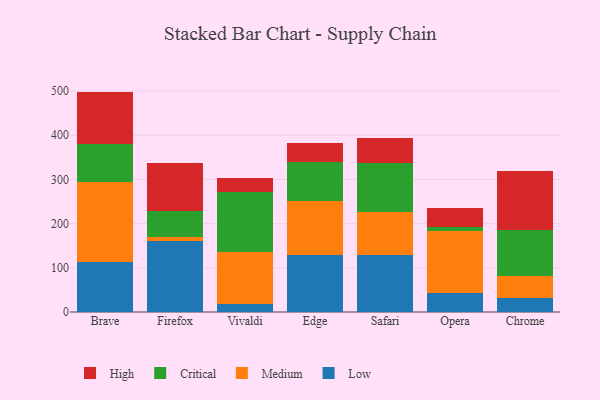
{"axis": {"x": "Browser", "y": "Website Visitors"}, "legend": ["Critical", "High", "Low", "Medium"], "data": [{"x": "Brave", "y": 113.6, "type": "Low"}, {"x": "Brave", "y": 179.9, "type": "Medium"}, {"x": "Brave", "y": 85.9, "type": "Critical"}, {"x": "Brave", "y": 119.5, "type": "High"}, {"x": "Firefox", "y": 160.4, "type": "Low"}, {"x": "Firefox", "y": 9.9, "type": "Medium"}, {"x": "Firefox", "y": 58.6, "type": "Critical"}, {"x": "Firefox", "y": 107.9, "type": "High"}, {"x": "Vivaldi", "y": 17.6, "type": "Low"}, {"x": "Vivaldi", "y": 118.4, "type": "Medium"}, {"x": "Vivaldi", "y": 136.7, "type": "Critical"}, {"x": "Vivaldi", "y": 30.0, "type": "High"}, {"x": "Edge", "y": 128.0, "type": "Low"}, {"x": "Edge", "y": 123.3, "type": "Medium"}, {"x": "Edge", "y": 87.9, "type": "Critical"}, {"x": "Edge", "y": 42.9, "type": "High"}, {"x": "Safari", "y": 129.6, "type": "Low"}, {"x": "Safari", "y": 97.1, "type": "Medium"}, {"x": "Safari", "y": 110.5, "type": "Critical"}, {"x": "Safari", "y": 56.6, "type": "High"}, {"x": "Opera", "y": 43.5, "type": "Low"}, {"x": "Opera", "y": 140.4, "type": "Medium"}, {"x": "Opera", "y": 8.2, "type": "Critical"}, {"x": "Opera", "y": 44.3, "type": "High"}, {"x": "Chrome", "y": 32.2, "type": "Low"}, {"x": "Chrome", "y": 50.4, "type": "Medium"}, {"x": "Chrome", "y": 103.7, "type": "Critical"}, {"x": "Chrome", "y": 132.8, "type": "High"}]}